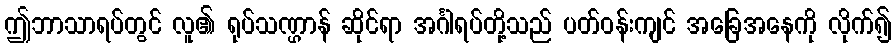
ဤဘာသာရပ်တွင် လူ၏ ရုပ်သဏ္ဌာန် ဆိုင်ရာ အင်္ဂါရပ်တို့သည် ပတ်ဝန်းကျင် အခြေအနေကို လိုက်၍